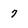
Character: 7